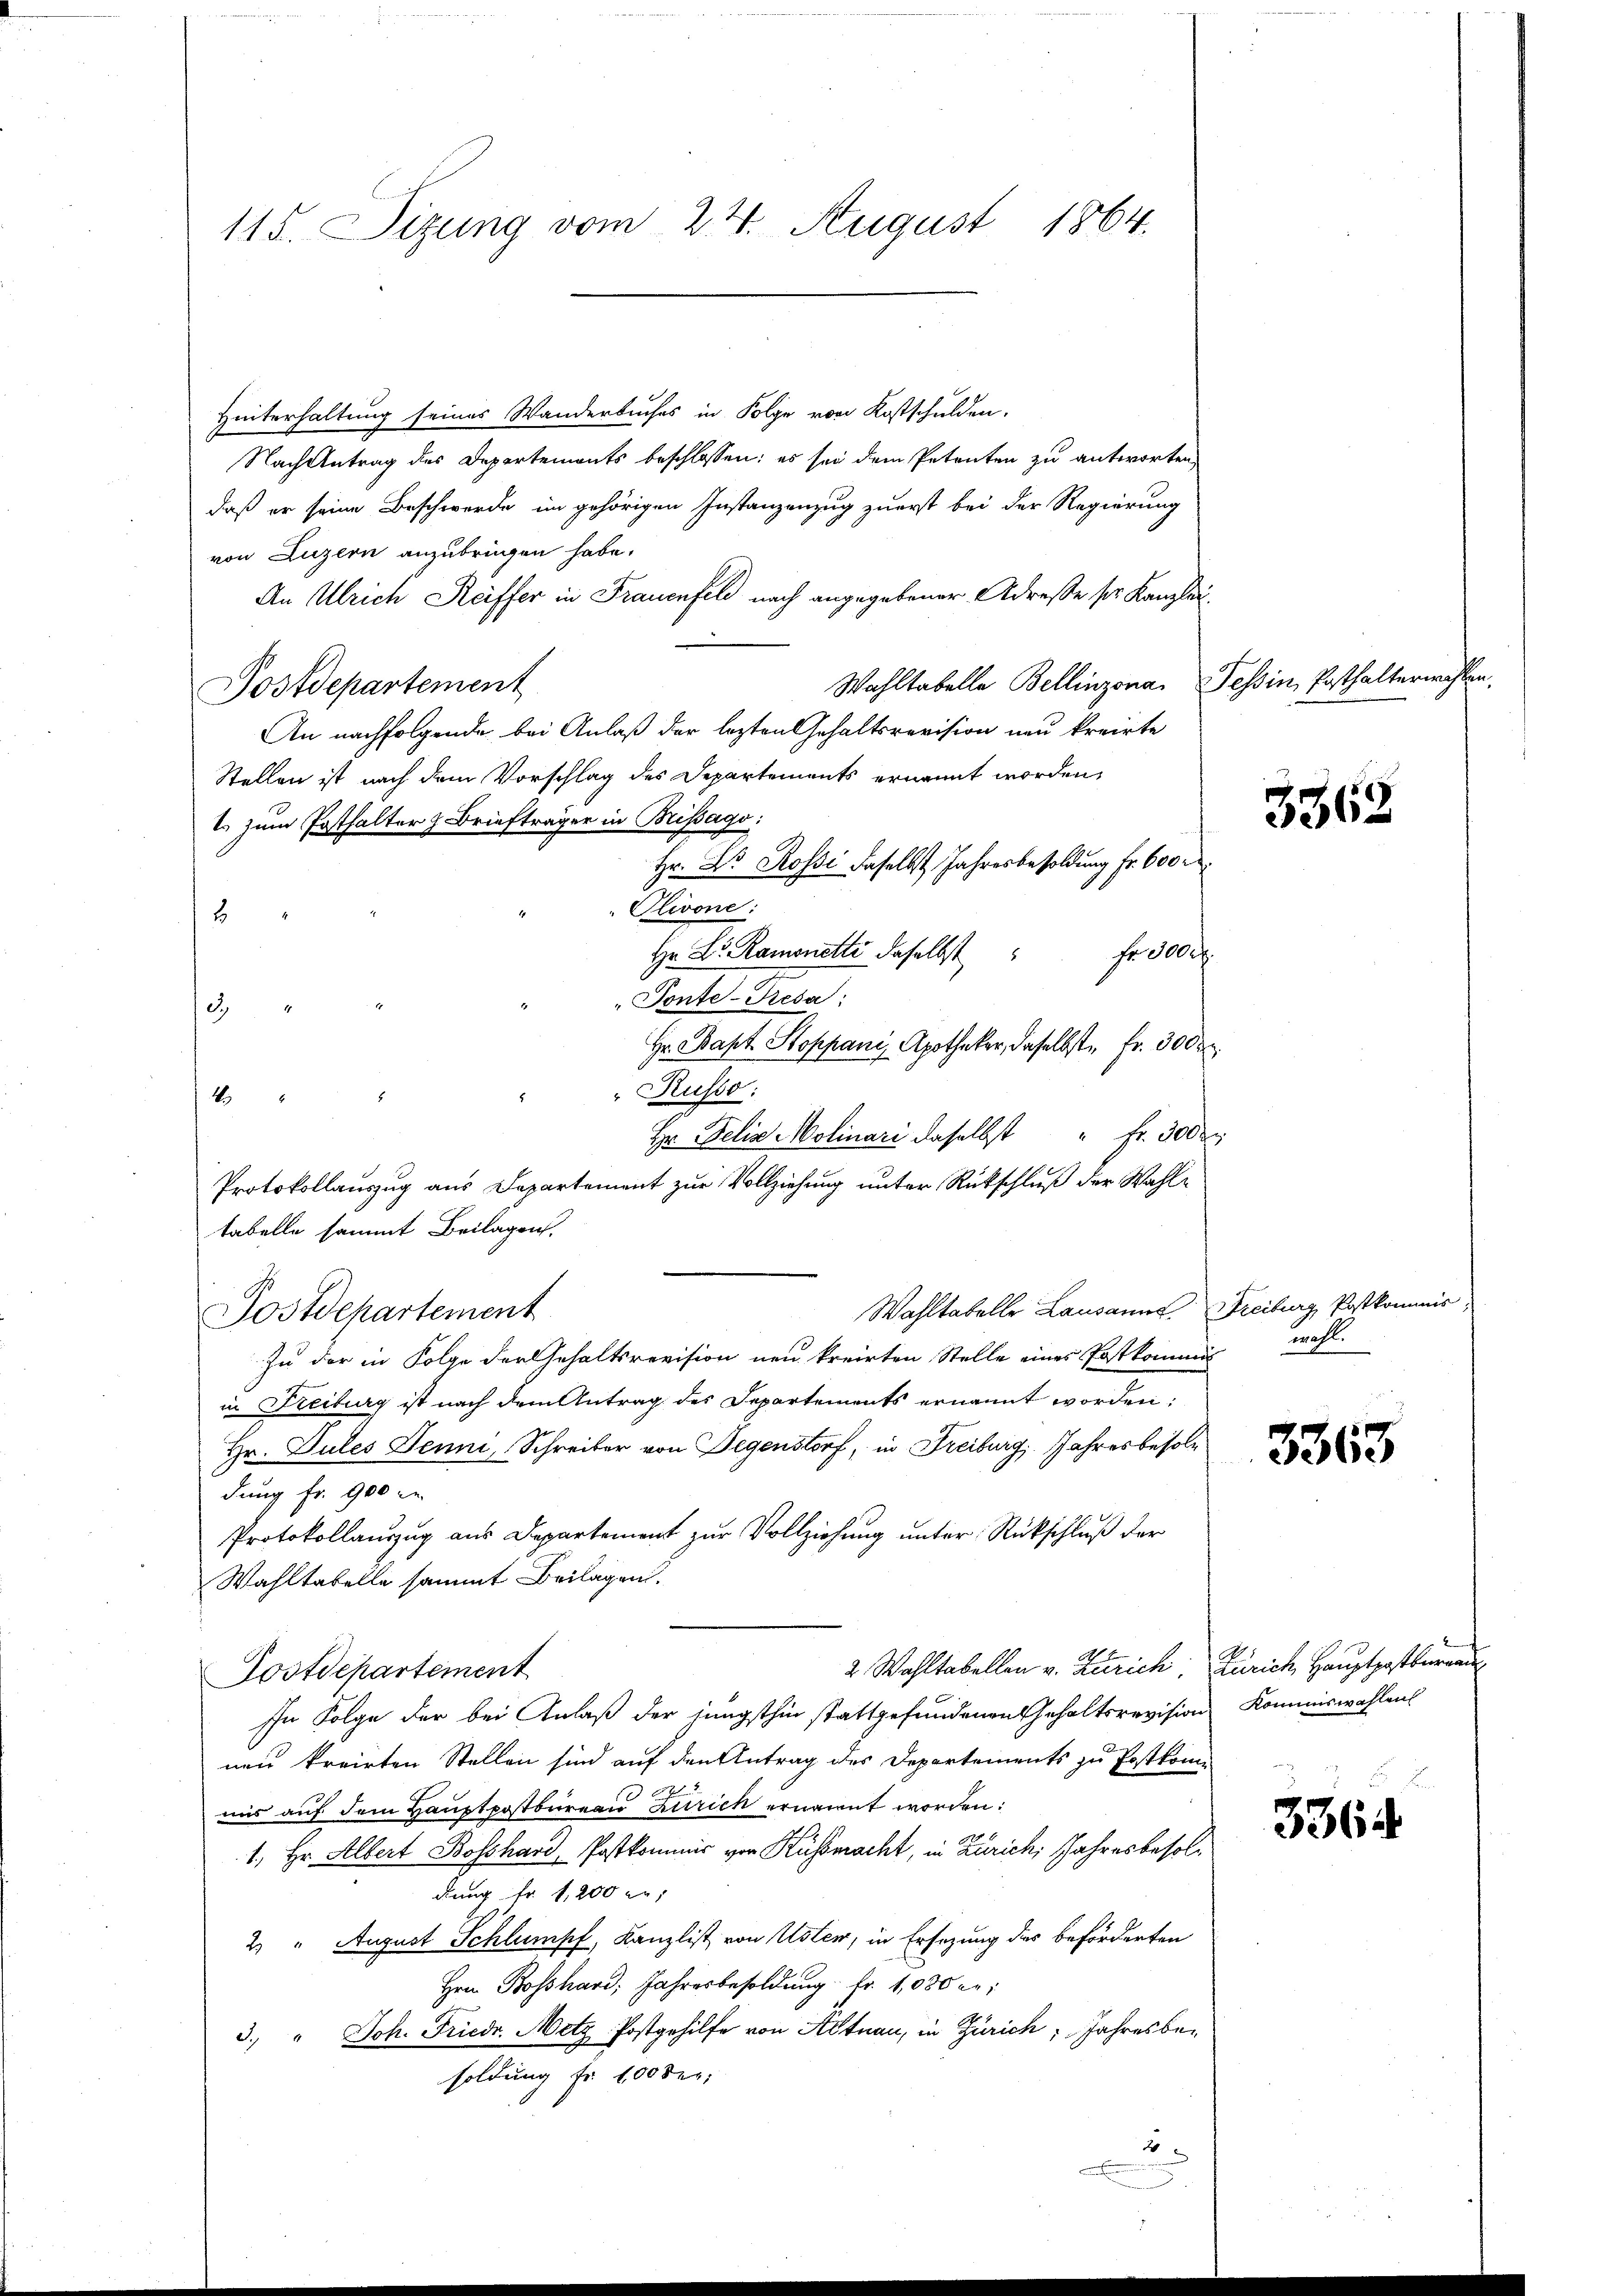
115. Sizung vom 24. August 1864.

Hinterhaltung seines Wanderbuches in Folge von Kostschulden.
Nach Antrag des Departements beschlossen: es sei dem Petenten zu antworten,
daß er seine Beschwerde im gehörigen Instanzenzug zuerst bei der Regierung
von Luzern anzubringen habe.
An Ulrich Reiffer in Frauenfeld nach angegebener Adresse ser Kanzlei¬
Wahltabelle Bellinzona, Tessin, Enthalterwählen.
Postdepartement
An nachfolgende bei Anlaß der lezten Gehaltsrevision neu kreirte
Stellen ist nach dem Vorschlag des Departements ernannt worden,
1 zum Posthalter z. Briefträger in Brissago:
Hr. Dr. Rossi daselbst, Jahresbesoldung fr. 600 r
Olivone:
2
Hr. Dr. Ramonetti daselbst " fr. 3000
Tonte-Resa:
3
Hr. Bapt. Stoppani, Apotheker, daselbst Fr. 300 r
" Russo:
1
2
Hr Delia Molinari daselbst " fr. 300
Protokollauszug aus Departement zur Vollziehung unter Rückschluß der Wahle
tabelle sammt Beilagen,
Wahltabelle Lausanns Freiburg Postkommnis,
Postdepartement
Zu der in Folge der Gehaltsrevision neu kreirten Stelle eines Postkommen wohl.
in Freiburg ist nach dem Antrag des Departements ernannt worden:
Hr. Gutes Jenni, Schreiber von Gegenstorf, in Freiburg, Jahresbesoldung fr. 900 le
Protokollauszug aus Departement zur Vollziehung unter Rückschluß der
Wahltabelle sammt Beilagen.
2. Wahltabellen v. Zürich, Zürich Hauptpostbureau
Tostdepartement
In Folge der bei Anlaß der jüngsthin stattgefundenen Gehaltsrevision Kommiswahlen
nen kreirten Stellen sind auf den Antrag des Departements zu Postkomuns auf dem Hauptpostbureau Zürich ernannt worden:
1. Hr. Albert Bosshard, Postkommnis von Kussmacht, in Zürich, Jahresbesoldung Fr. 1,200 er
2. " August Schlumpf, Kanzlist von Uster, in Ersezung des beförderten
Hrn. Bosshard, Jahresbesoldung fr. 1030 er:
3. " Joh. Friedr. Metz Postgehilfe von Altnau, in Zürich, Jahresbesoldung Fr. 100 der
4x
e

.

3362

3363

336